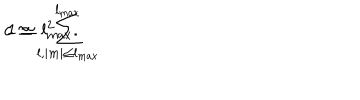
c \simeq \sum _ { l , | m | \le l _ { \mathrm { m a x } } } ^ { l _ { \mathrm { m a x } } } \hspace { - . 1 i n } 1 \simeq l _ { \mathrm { m a x } } ^ { 2 } .